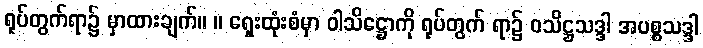
ရုပ်တွက်ရာ၌ မှာထားချက်။ ။ ရှေးထုံးစံမှာ ဝါသိဋ္ဌောကို ရုပ်တွက် ရာ၌ ဝသိဋ္ဌသဒ္ဒါ အပစ္စသဒ္ဒါ